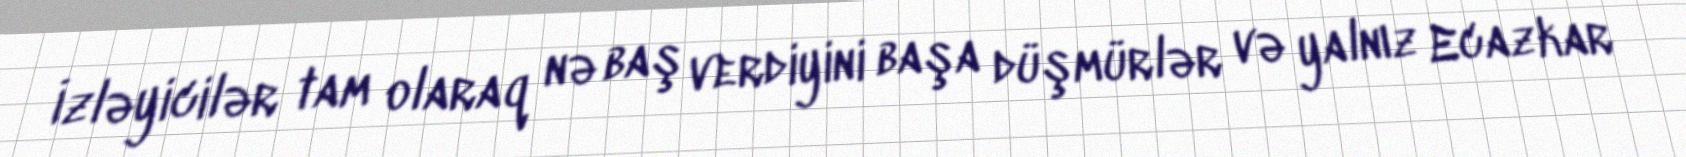
İzləyicilər tam olaraq nə baş verdiyini başa düşmürlər və yalnız Ecazkar